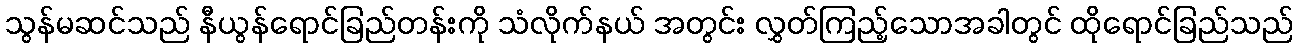
သွန်မဆင်သည် နီယွန်ရောင်ခြည်တန်းကို သံလိုက်နယ် အတွင်း လွှတ်ကြည့်သောအခါတွင် ထိုရောင်ခြည်သည်